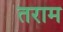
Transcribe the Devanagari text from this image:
तराम